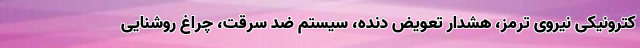
کترونیکی نیروی ترمز، هشدار تعویض دنده، سیستم ضد سرقت، چراغ روشنایی